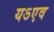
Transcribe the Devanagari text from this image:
यऽएव